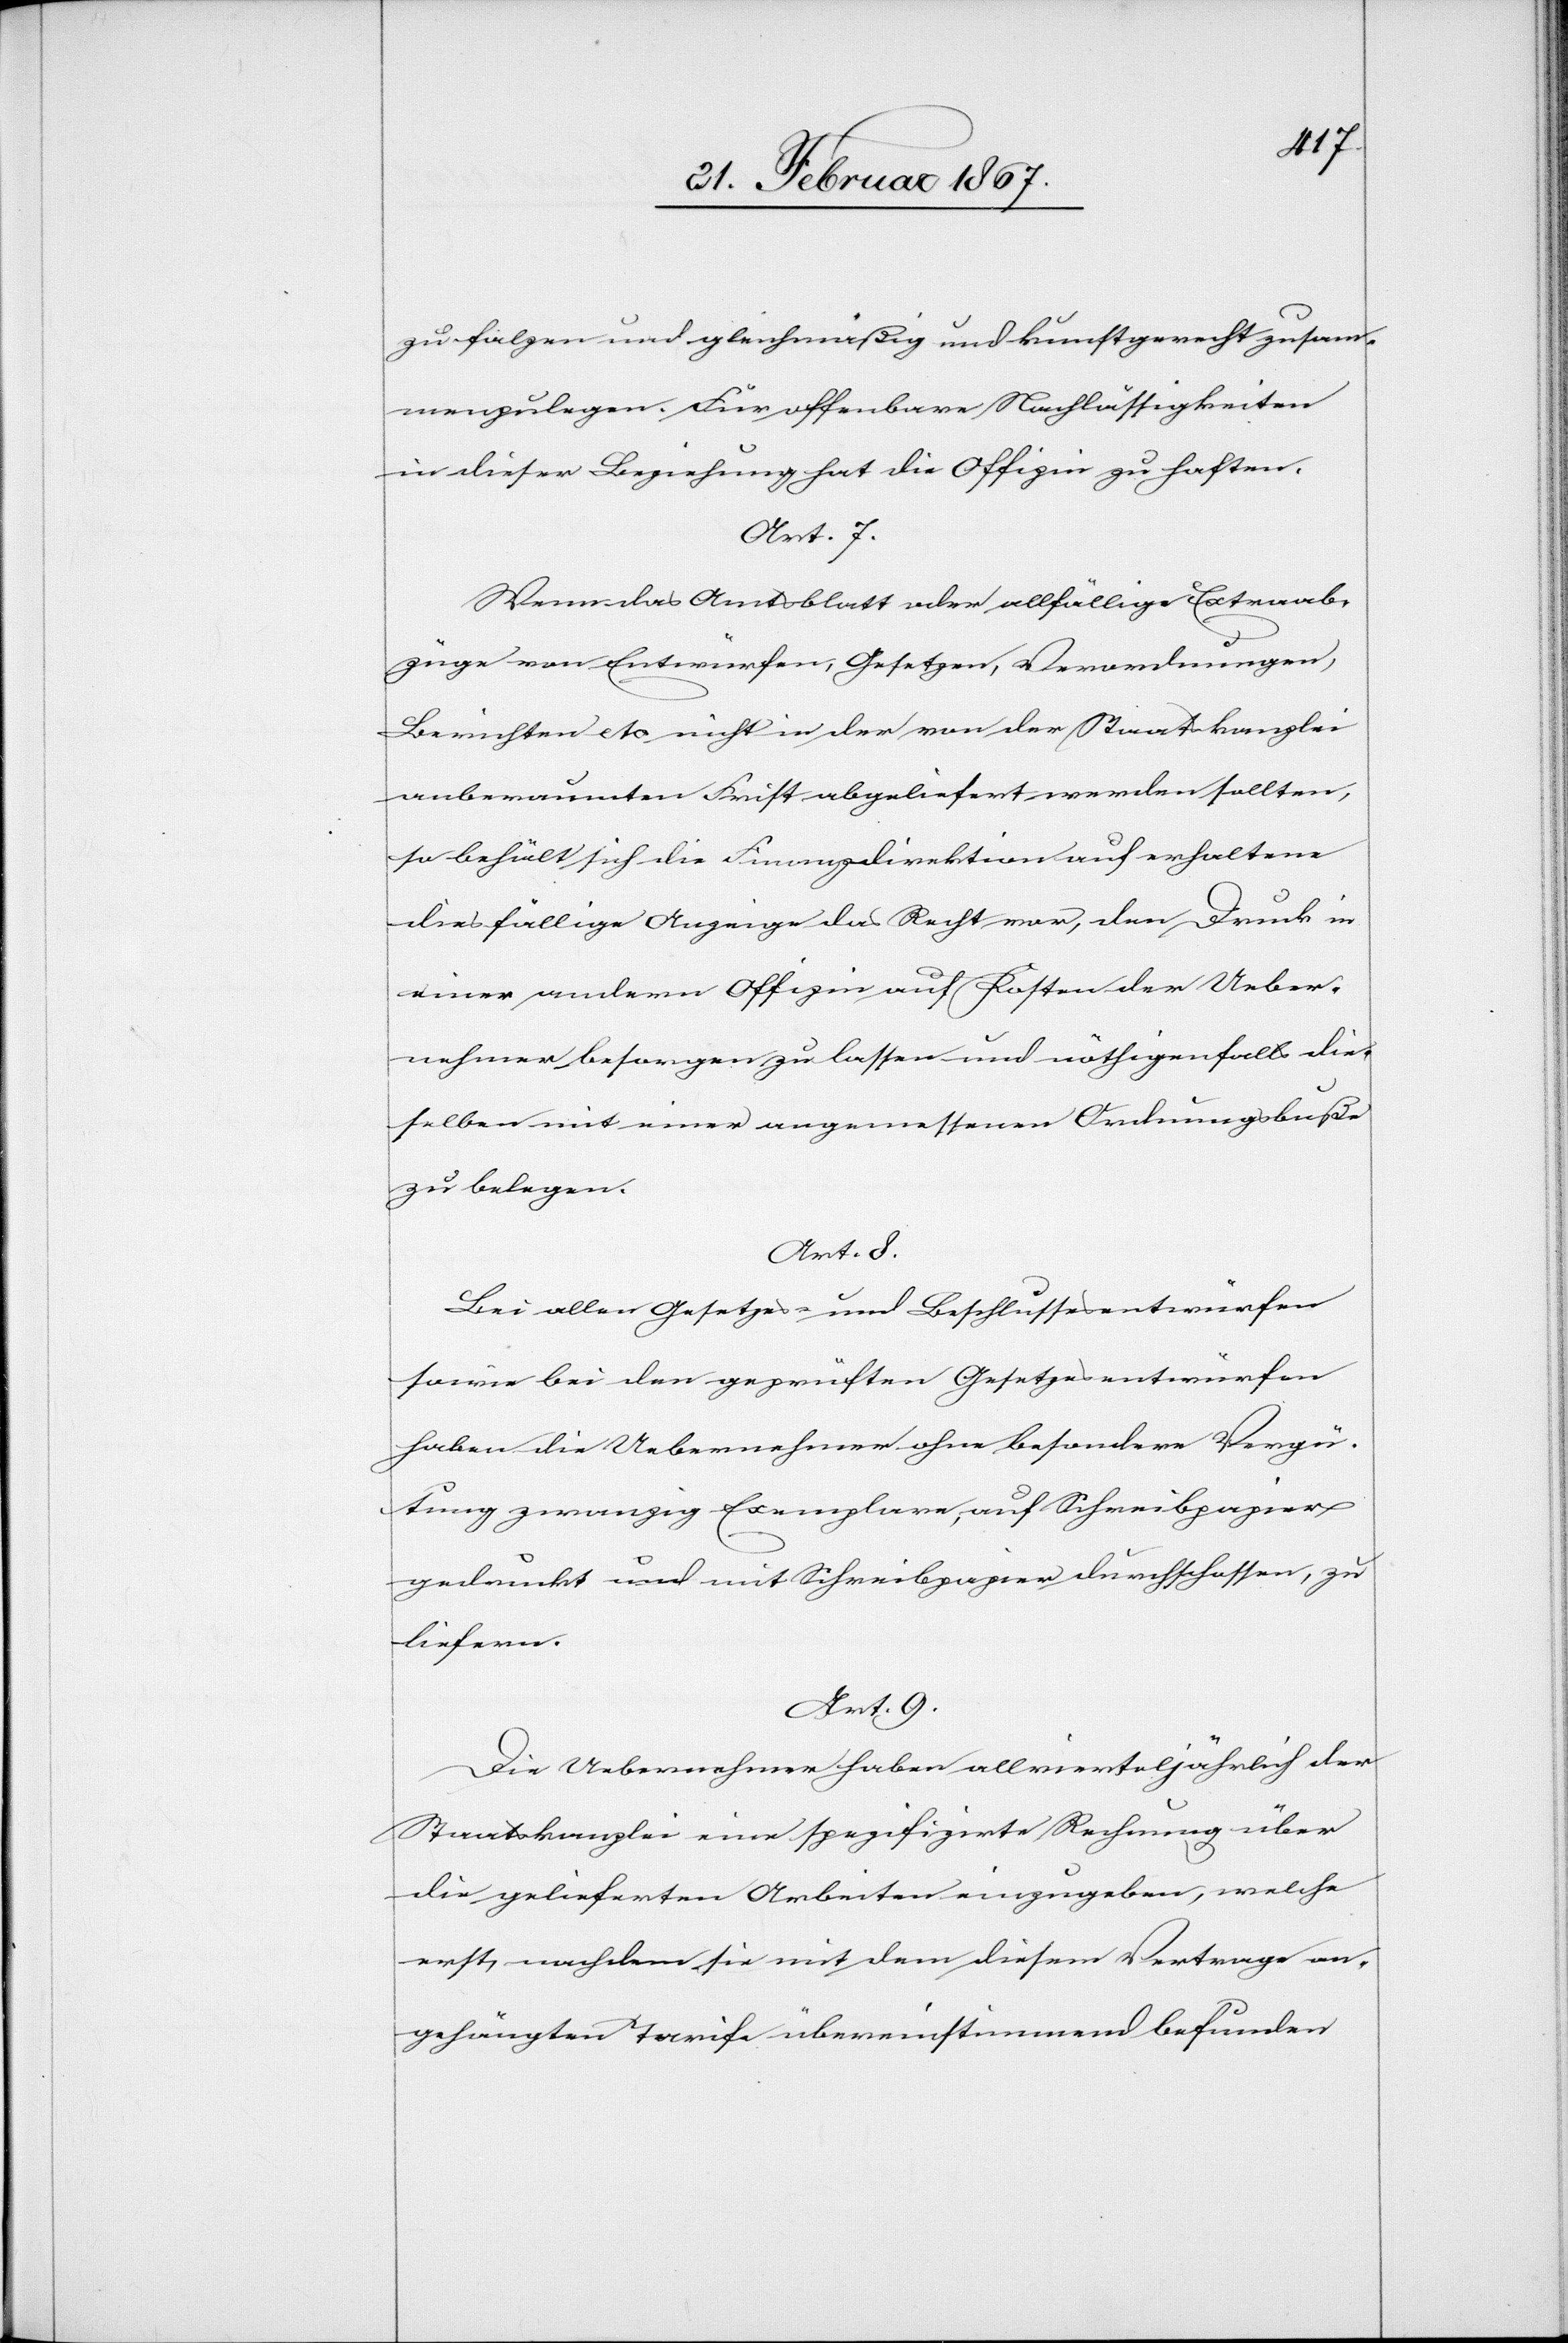
zu falzen und gleichmäßig und kunstgerecht zusam¬
menzulegen. Für offenbare Nachlässigkeiten
in dieser Beziehung hat die Offizie zu haften.
Art. 7.
Wenn das Amtsblatt oder allfällige Extraab¬
züge von Entwürfen, Gesetzen, Verordnungen,
Berichten etc. nicht in der von der Staatskanzlei
anberaumten Frist abgeliefert werden sollten,
so behält sich die Finanzdirektion auf erhaltene
diesfällige Anzeige das Recht vor, den Druck in
einer andern Offizie auf Kosten der Ueber¬
nehmer besorgen zu lassen und nöthigenfalls die¬
selben mit einer angemessenen Ordnungsbuße
zu belegen.
Art. 8.
Bei allen Gesetzes- und Beschlussesentwürfen
sowie bei den geprüften Gesetzesentwürfen
haben die Uebernehmer ohne besondere Vergü¬
tung zwanzig Exemplare, auf Schreibpapier
gedruckt und mit Schreibpapier durchschossen, zu
liefern.
Art. 9.
Die Uebernehmer haben allvierteljährlich der
Staatskanzlei eine spezifizirte Rechnung über
die gelieferten Arbeiten einzugeben, welche
erst, nachdem sie mit dem diesem Vertrage an¬
gehängten Tarife übereinstimmend befunden